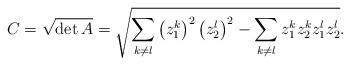
LaTeX: \begin{align*} C=\sqrt{\det A}=\sqrt{\sum\limits_{k\neq l}^{}\left( z^k_1\right)^2\left( z^l_2\right)^2-\sum\limits_{k\neq l}^{} z^k_1 z^k_2z^l_1 z^l_2}. \end{align*}